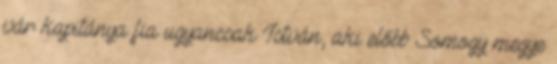
vár kapitánya fia ugyancsak István, aki előbb Somogy megye